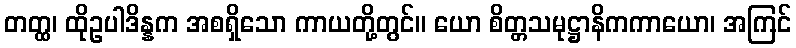
တတ္ထ၊ ထိုဥပါဒိန္နက အစရှိသော ကာယတို့တွင်။ ယော စိတ္တသမုဋ္ဌာနိကကာယော၊ အကြင်